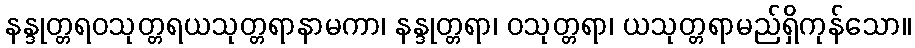
နန္ဒုတ္တရဝသုတ္တရယသုတ္တရာနာမကာ၊ နန္ဒုတ္တရာ၊ ဝသုတ္တရာ၊ ယသုတ္တရာမည်ရှိကုန်သော။